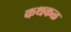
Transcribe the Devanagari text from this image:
कथकळ